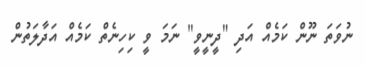
ނުވަތަ ނޫން ކަމެއް އަދި "ދީނީވީ" ނަމަ ވީ ކިހިނެތް ކަމެއް އަދާލަތުން